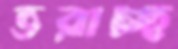
ভরাচ্ছ